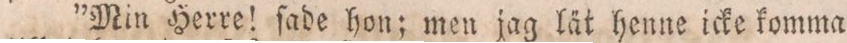
”Min Herre! ſade hon; men jag lät henne icke komma